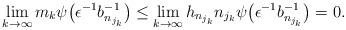
LaTeX: \begin{align*}\lim_{k \to \infty}m_k \psi\big(\epsilon^{-1} b_{n_{j_k}}^{-1} \big)\leq\lim_{k \to \infty}h_{n_{j_k}} n_{j_k} \psi\big(\epsilon^{-1} b_{n_{j_k}}^{-1} \big) = 0.\end{align*}